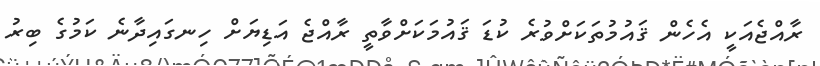
ރާއްޖެއަކީ އެހެން ޤައުމުތަކަށްވުރެ ކުޑަ ޤައުމަކަށްވާތީ ރާއްޖެ އަޑިޔަށް ހިނގައިދާނެ ކަމުގެ ބިރު